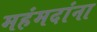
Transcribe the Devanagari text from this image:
महंमदांना